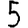
Digit: 5